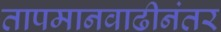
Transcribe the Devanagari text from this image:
तापमानवाढीनंतर